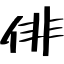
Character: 俳